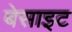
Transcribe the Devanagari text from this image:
बेसाइट